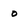
Character: 0